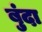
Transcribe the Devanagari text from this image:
बुंदा